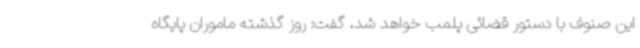
این صنوف با دستور قضائی پلمب خواهد شد، گفت: روز گذشته ماموران پایگاه